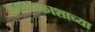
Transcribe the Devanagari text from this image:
कालावकाशाच्या